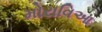
મોરાવિઆ